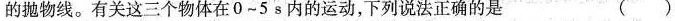
的抛物线。有关这三个物体在0~5s内的运动，下列说法正确的是 ( )